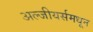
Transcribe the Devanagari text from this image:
अल्जीयर्समधून